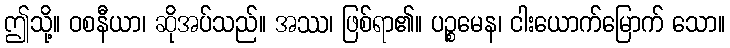
ဤသို့။ ဝစနီယာ၊ ဆိုအပ်သည်။ အဿ၊ ဖြစ်ရာ၏။ ပဉ္စမေန၊ ငါးယောက်မြောက် သော။